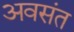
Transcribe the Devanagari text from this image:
अवसंत